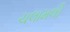
ચલામલી